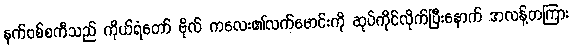
နက်ဗစ်စကီသည် ကိုယ်ရံတော် ဗိုလ် ကလေး၏လက်မောင်းကို ဆုပ်ကိုင်လိုက်ပြီးနောက် အလန့်တကြား